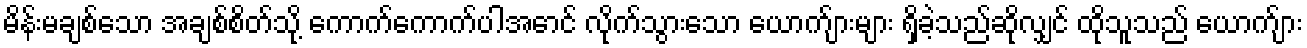
မိန်းမချစ်သော အချစ်စိတ်သို့ ကောက်ကောက်ပါအောင် လိုက်သွားသော ယောက်ျားများ ရှိခဲ့သည်ဆိုလျှင် ထိုသူသည် ယောက်ျား